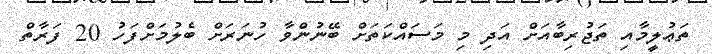
ތަޢުލީމާއި ތަޖުރިބާއަށް އަދި މި މަސައްކަތަށް ބޭނުންވާ ހުނަރަށް ބެލުމަށްފަހު 20 ފަރާތް